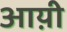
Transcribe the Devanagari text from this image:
आय़ी